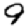
Digit: 9